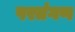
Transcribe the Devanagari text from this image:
परतंगण